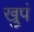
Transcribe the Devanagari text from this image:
खुपं